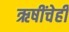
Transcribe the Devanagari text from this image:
ऋषींचेही